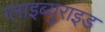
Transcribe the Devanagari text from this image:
ग्लाइब्युराइड